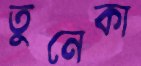
তুনেকা